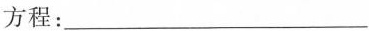
方程：___